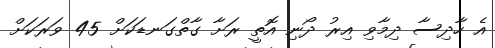
އެ ހާދިސާ ދިމާވި އިރު ދޯނި އޮތީ ރަށާ ގާތްގަނޑަކަށް 45 ވަރަކަށް